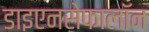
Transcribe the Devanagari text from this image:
डाइएनसेफालॉन